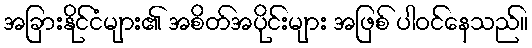
အခြားနိုင်ငံများ၏ အစိတ်အပိုင်းများ အဖြစ် ပါဝင်နေသည်။